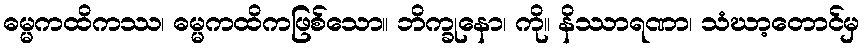
ဓမ္မကထိကဿ၊ ဓမ္မကထိကဖြစ်သော။ ဘိက္ခုနော၊ ကို။ နိဿာရဏာ၊ သံဃာ့တောင်မှ